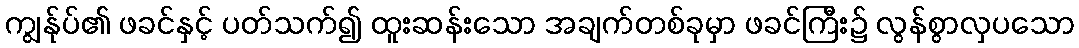
ကျွန်ုပ်၏ ဖခင်နှင့် ပတ်သက်၍ ထူးဆန်းသော အချက်တစ်ခုမှာ ဖခင်ကြီး၌ လွန်စွာလှပသော